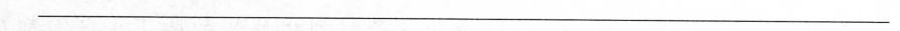
___